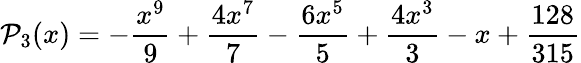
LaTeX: \mathcal{P}_{3}(x)=-\frac{x^{9}}{9}+\frac{4x^{7}}{7}-\frac{6x^{5}}{5}+\frac{4x^{3}}{3}-x+\frac{128}{315}